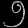
Digit: ၅